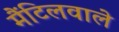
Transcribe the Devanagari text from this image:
मैंटिलवाले